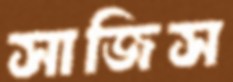
সাজিস